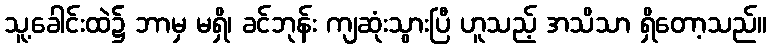
သူ့ခေါင်းထဲ၌ ဘာမှ မရှိ၊ ခင်ဘုန်း ကျဆုံးသွားပြီ ဟူသည့် အသိသာ ရှိတော့သည်။